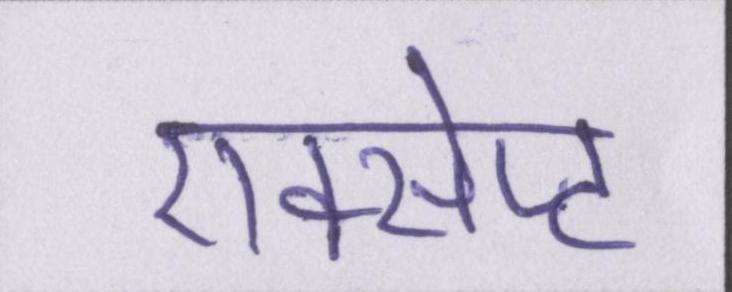
एक्सेप्ट